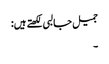
جمیل جالبی لکھتے ہیں:
۔